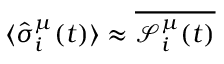
\langle \hat { \sigma } _ { i } ^ { \mu } ( t ) \rangle \approx \overline { { \mathcal { S } _ { i } ^ { \mu } ( t ) } }